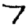
Digit: 7